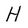
Character: H